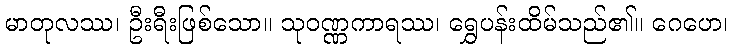
မာတုလဿ၊ ဦးရီးဖြစ်သော။ သုဝဏ္ဏကာရဿ၊ ရွှေပန်းထိမ်သည်၏။ ဂေဟေ၊